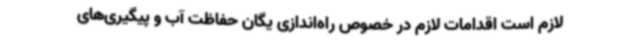
لازم است اقدامات لازم در خصوص راه‌اندازی یگان حفاظت آب و پیگیری‌های